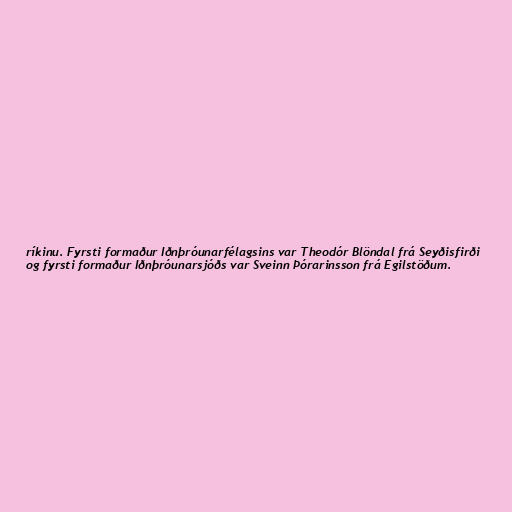
ríkinu. Fyrsti formaður Iðnþróunarfélagsins var Theodór Blöndal frá Seyðisfirði
og fyrsti formaður Iðnþróunarsjóðs var Sveinn Þórarinsson frá Egilstöðum.